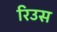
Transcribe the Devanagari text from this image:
रिउस